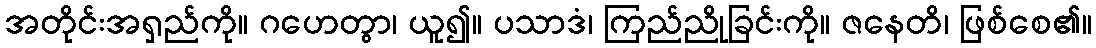
အတိုင်းအရှည်ကို။ ဂဟေတွာ၊ ယူ၍။ ပသာဒံ၊ ကြည်ညိုခြင်းကို။ ဇနေတိ၊ ဖြစ်စေ၏။